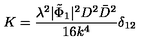
K = \frac { \lambda ^ { 2 } | \tilde { \Phi } _ { 1 } | ^ { 2 } D ^ { 2 } \bar { D } ^ { 2 } } { 1 6 k ^ { 4 } } \delta _ { 1 2 }